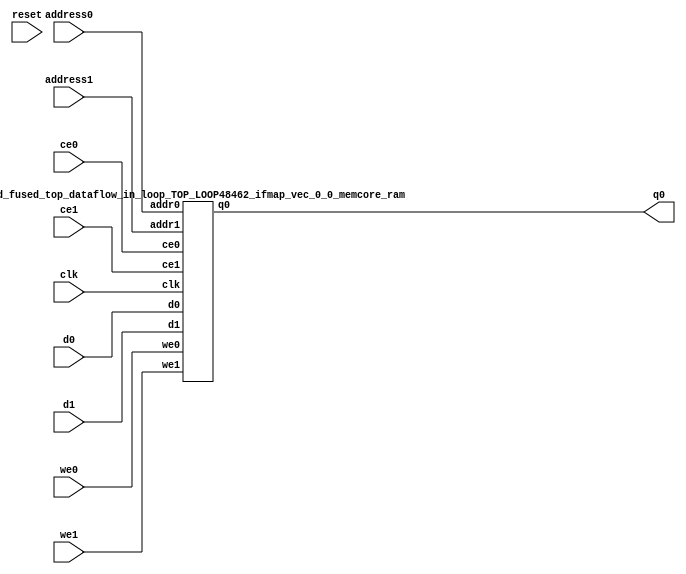
`define EXPONENT 5
`define MANTISSA 10
`define ACTUAL_MANTISSA 11
`define EXPONENT_LSB 10
`define EXPONENT_MSB 14
`define MANTISSA_LSB 0
`define MANTISSA_MSB 9
`define MANTISSA_MUL_SPLIT_LSB 3
`define MANTISSA_MUL_SPLIT_MSB 9
`define SIGN 1
`define SIGN_LOC 15
`define DWIDTH (`SIGN+`EXPONENT+`MANTISSA)
`define IEEE_COMPLIANCE 1

module td_fused_top_dataflow_in_loop_TOP_LOOP48462_ifmap_vec_0_0_memcore(
    reset,
    clk,
    address0,
    ce0,
    we0,
    d0,
    q0,
    address1,
    ce1,
    we1,
    d1);

parameter DataWidth = 32'd16;
parameter AddressRange = 32'd256;
parameter AddressWidth = 32'd8;
input reset;
input clk;
input[AddressWidth - 1:0] address0;
input ce0;
input we0;
input[DataWidth - 1:0] d0;
output[DataWidth - 1:0] q0;
input[AddressWidth - 1:0] address1;
input ce1;
input we1;
input[DataWidth - 1:0] d1;



td_fused_top_dataflow_in_loop_TOP_LOOP48462_ifmap_vec_0_0_memcore_ram td_fused_top_dataflow_in_loop_TOP_LOOP48462_ifmap_vec_0_0_memcore_ram_U(
    .clk( clk ),
    .addr0( address0 ),
    .ce0( ce0 ),
    .we0( we0 ),
    .d0( d0 ),
    .q0( q0 ),
    .addr1( address1 ),
    .ce1( ce1 ),
    .we1( we1 ),
    .d1( d1 )
);

endmodule
module td_fused_top_dataflow_in_loop_TOP_LOOP48462_ifmap_vec_0_0_memcore_ram (addr0, ce0, d0, we0, q0, addr1, ce1, d1, we1,  clk);

parameter DWIDTH = 16;
parameter AWIDTH = 8;
parameter MEM_SIZE = 256;

input[AWIDTH-1:0] addr0;
input ce0;
input[DWIDTH-1:0] d0;
input we0;
output reg[DWIDTH-1:0] q0;
input[AWIDTH-1:0] addr1;
input ce1;
input[DWIDTH-1:0] d1;
input we1;
input clk;

reg [DWIDTH-1:0] ram[MEM_SIZE-1:0];




always @(posedge clk)  
begin 
    if (ce0) begin
        if (we0) 
            ram[addr0] <= d0; 
        q0 <= ram[addr0];
    end
end


always @(posedge clk)  
begin 
    if (ce1) begin
        if (we1) 
            ram[addr1] <= d1; 
    end
end


endmodule